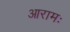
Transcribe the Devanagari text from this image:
आरामः